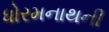
ધોરમનાથની